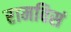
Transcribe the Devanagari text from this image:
रामविसं